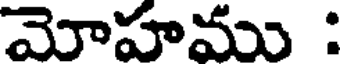
మోహము :